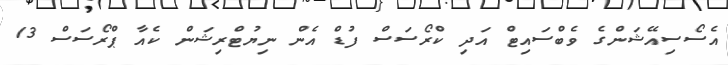
އެސޯސިއޭޝަންގެ ވެބްސައިޓް އަދި ކްރޯސަސް ފުޑް އެން ނިޔުޓްރިޝަން ކެއާ ޕްރޯސަސް 13